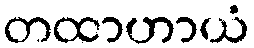
တထာဟာယံ